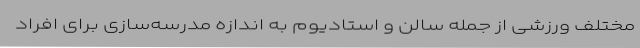
مختلف ورزشی از جمله سالن و استادیوم به اندازه مدرسه‌سازی برای افراد